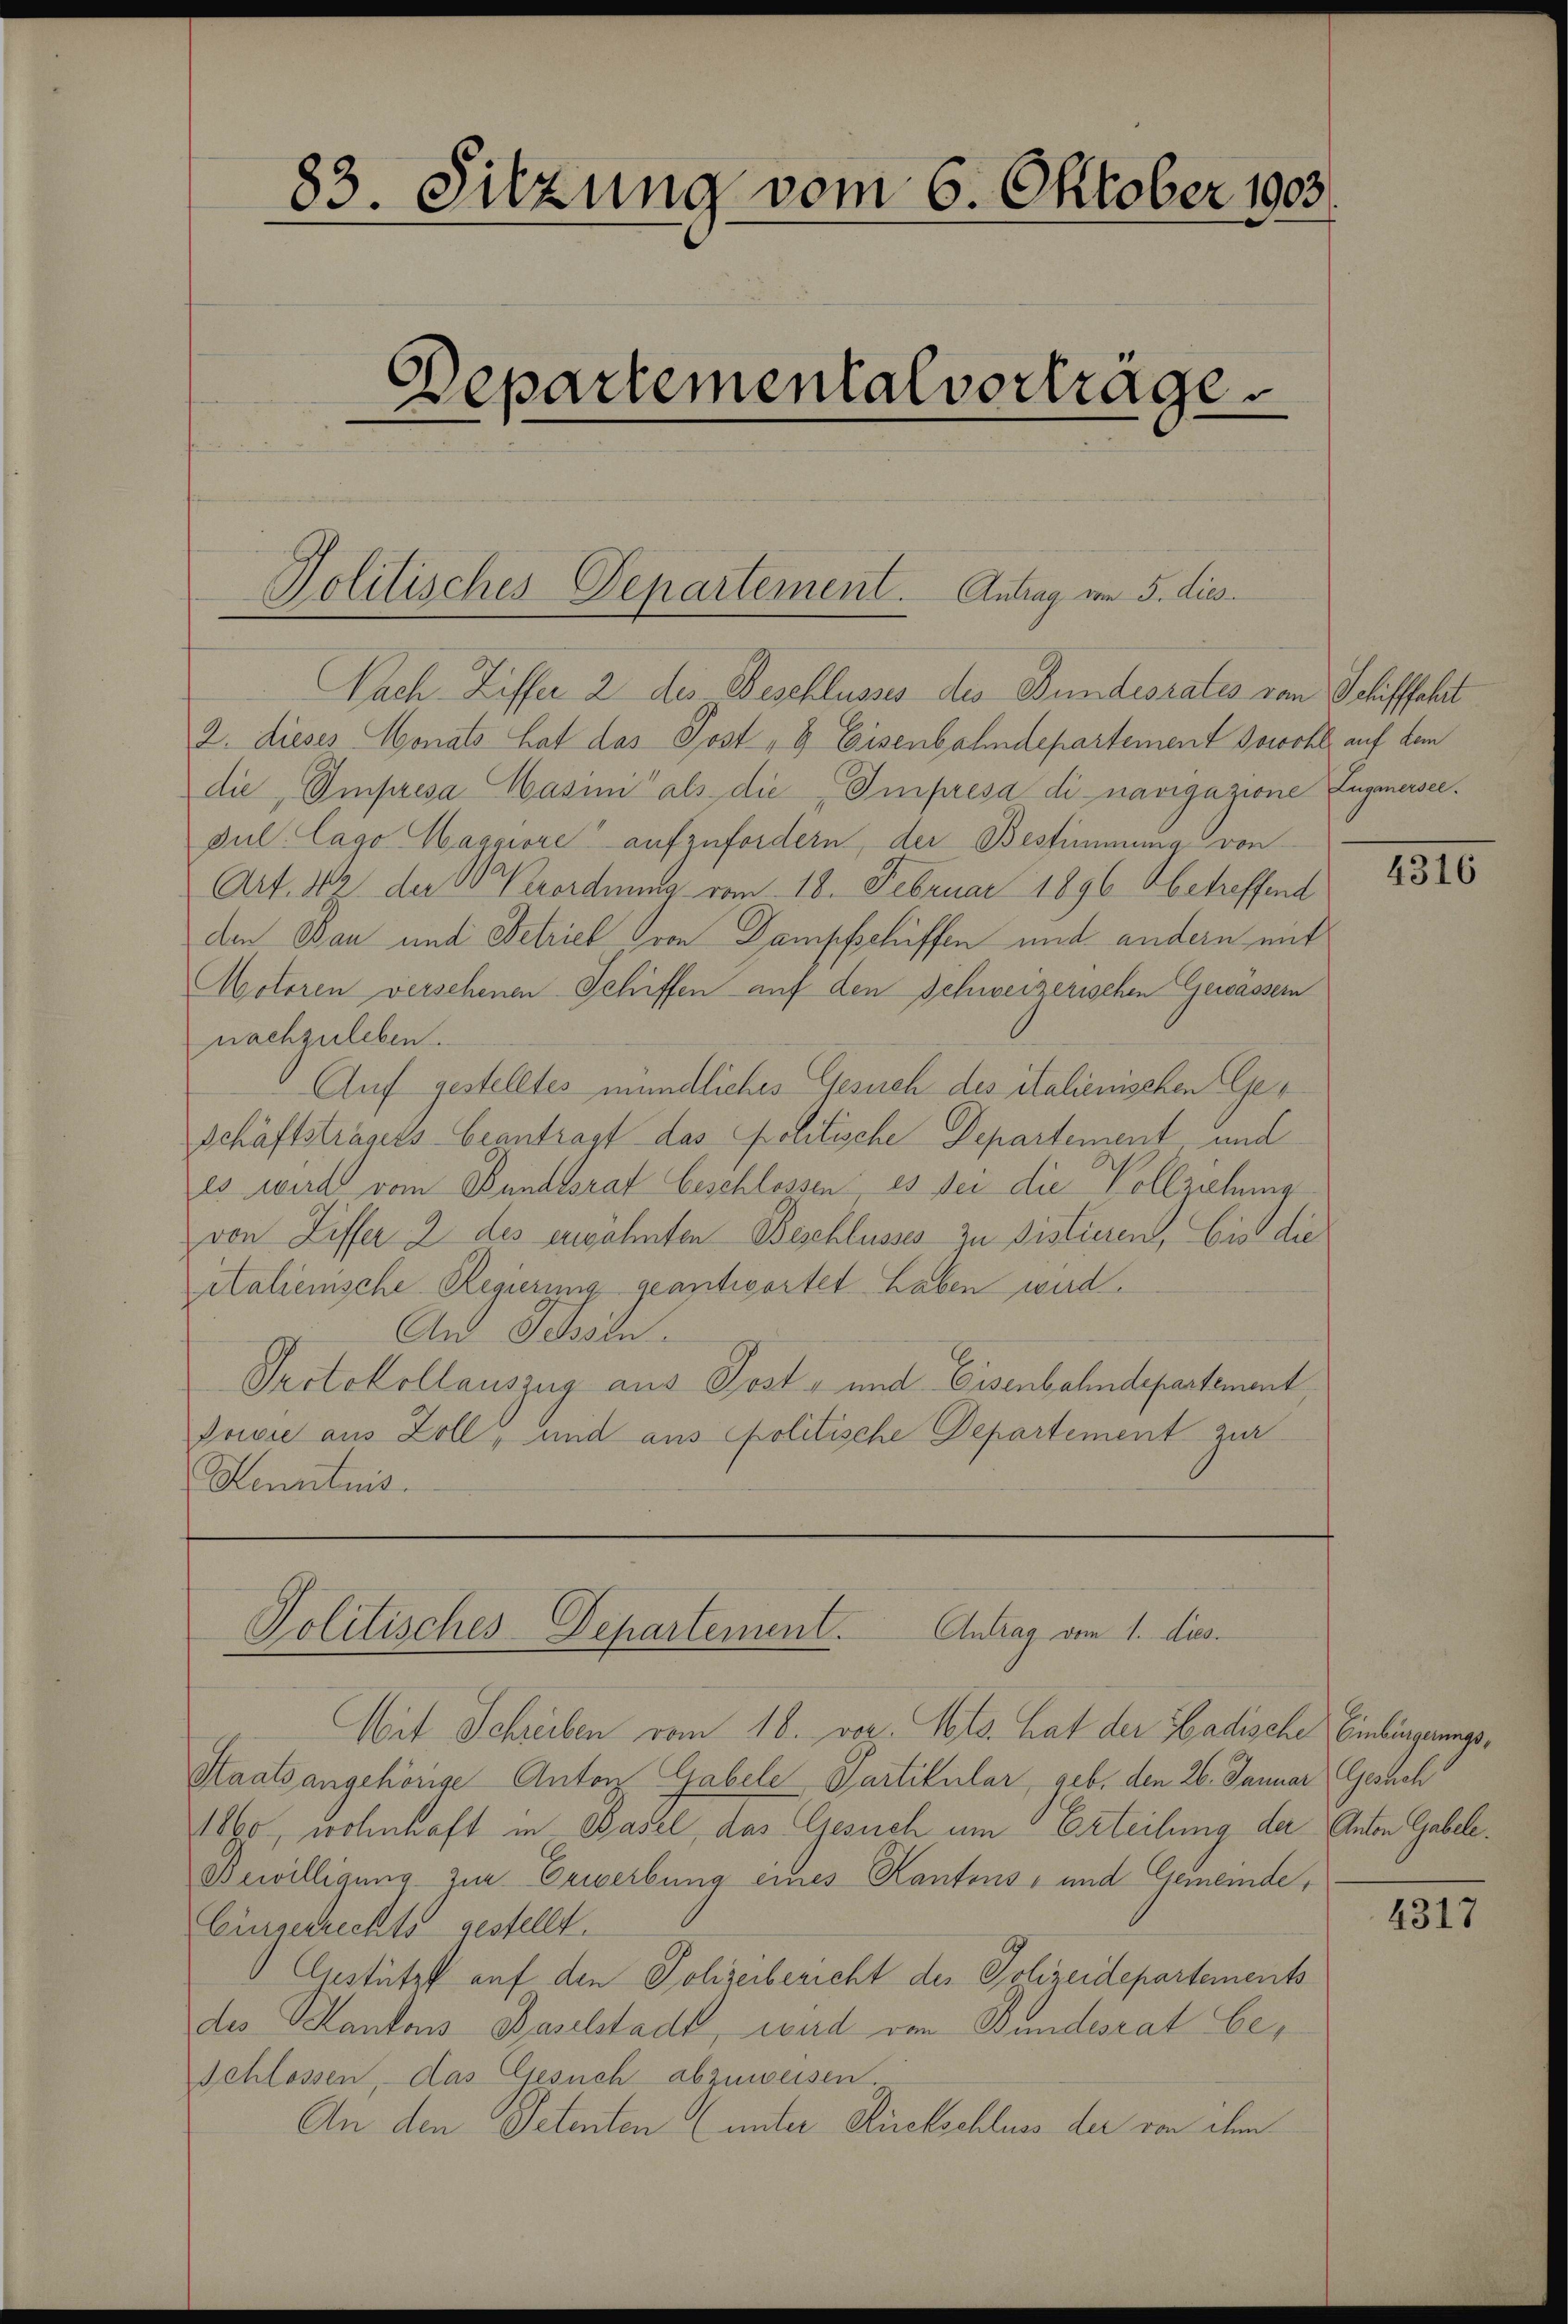
83. Sitzung vom 6. Oktober 1903.

Departemental vorträge.

Politisches Departement. Antrag vom 5. dies

Nach Ziffer 2 des Beschlusses des Bundesrates von Schiffahrt
2. dieses Monats hat das Post- & Eisenbahndepartement sowohl auf dem
die, Impresa Kasini als die Impresa di navigazione Zugmersee.
Jul. Lago Maggiore aufzufordern, der Bestimmung von
Art. 19 der 60 Verordnung vom 18. Februar 1896 Obetreffend
den Bau und Betriel von Dampfschiffen und andern mit
Motoren versehenen Schiffen auf den Schweizerischen Gewässern
nachzuleben.
Auf gestelltes mündliches Gesuch des italienischen Ge¬
Schäftstrauts beantragt das politische Departement und
es wird vom Bundesrat beschlossen: es sei die Vollziehung
von Ziffer 2 des erwähnten Beschlusses zu sistieren, bis die
italienische Regierung geantwortet haben wird.
An Ochsen.
Protokollauszug aus Post- und Eisenbahndepartement
Sowie aus Zoll, und aus politische Departement zur
Henntnis.

Politisches Departement. Antrag vom 1. dies

Mit Schreiben vom 18. vor. Mts. hat der Badische Einbürgerungs¬
Staatsangehörige Anton Gabele Partikular, geb. den 26. Januar (Gesuch
1860, wohnhaft in Basel, das Gesuch um Erteilung der Anton Gabele
Bewilligung zur Erwerbung eines Kantons- und Gemeinde,
Einzerrechts gestellt.
Gestützt auf den Polizeibericht des Polizeidepartements
des Kantons Baselstadt, wird von Bundesrat beschlossen, das Gesuch abzuweisen.
An den Petenten (unter Rückschluss der von dem

4316

4317